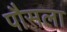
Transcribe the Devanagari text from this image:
पौसला